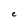
Character: C